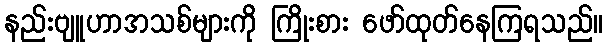
နည်းဗျူဟာအသစ်များကို ကြိုးစား ဖော်ထုတ်နေကြရသည်။